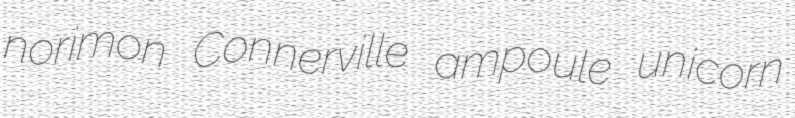
norimon Connerville ampoule unicorn